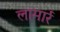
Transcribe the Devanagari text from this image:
लामार्र